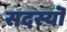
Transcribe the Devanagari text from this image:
सदस्यॊं